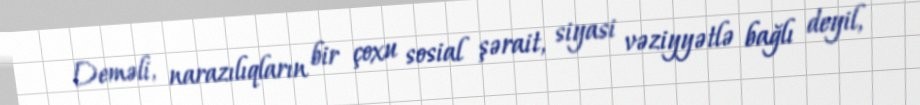
Deməli, narazılıqların bir çoxu sosial şərait, siyasi vəziyyətlə bağlı deyil,